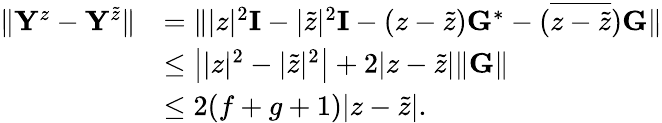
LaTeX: \begin{array}{rl}{\| \mathbf{Y}^{z}-\mathbf{Y}^{\tilde{z}}\| }&{=\| |z|^{2}\mathbf{I}-|\tilde{z}|^{2}\mathbf{I}-(z-\tilde{z})\mathbf{G}^{*}-(\overline{{z-\tilde{z}}})\mathbf{G}\| }\\ &{\leq\big||z|^{2}-|\tilde{z}|^{2}\big|+2|z-\tilde{z}|\| \mathbf{G}\| }\\ &{\leq 2(f+g+1)|z-\tilde{z}|.}\end{array}